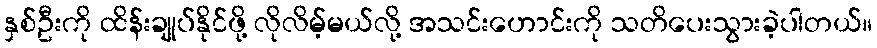
နှစ်ဦးကို ထိန်းချုပ်နိုင်ဖို့ လိုလိမ့်မယ်လို့ အသင်းဟောင်းကို သတိပေးသွားခဲ့ပါတယ်။